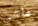
ماشي